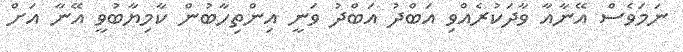
ނަމަވެސް އޭނާއާ ވާދަކުރެއްވި އަބްދު އަބްދު ވަނީ އިންތިހާބުން ކާމިޔާބުވީ އޭނާ އަށް